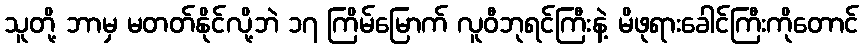
သူတို့ ဘာမှ မတတ်နိုင်လို့ဘဲ ၁၇ ကြိမ်မြောက် လူဝီဘုရင်ကြီးနဲ့ မိဖုရားခေါင်ကြီးကိုတောင်